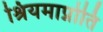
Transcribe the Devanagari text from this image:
श्रियमाप्नोति